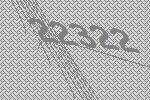
22322